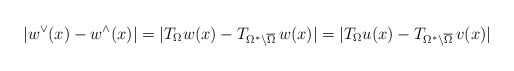
\begin{align*}|w^{\vee}(x)-w^{\wedge}(x)|=|T_{\Omega}w(x)-T_{\Omega^*\setminus \overline{\Omega}}\,w(x)|=|T_{\Omega}u(x)-T_{\Omega^*\setminus \overline{\Omega}}\,v(x)|\end{align*}